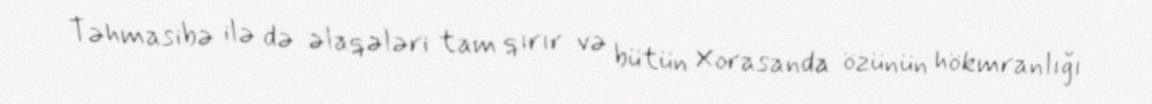
Təhmasibə ilə də əlaqələri tam qırır və bütün Xorasanda özünün hökmranlığı